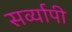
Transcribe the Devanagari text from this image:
सर्व्यापी